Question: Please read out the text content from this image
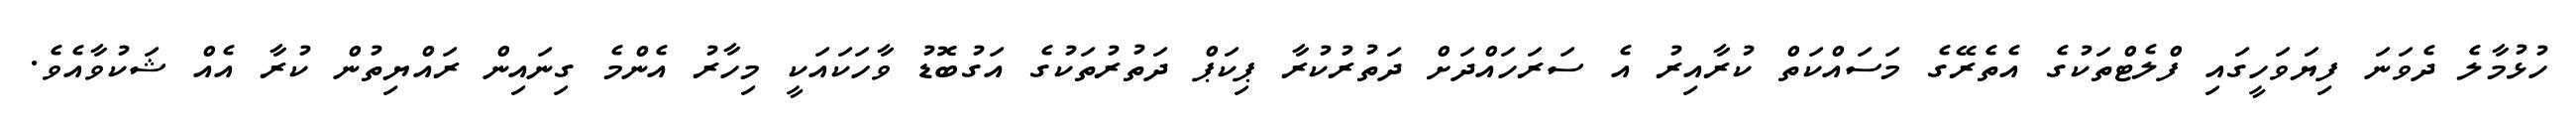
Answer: ހުޅުމާލެ ދެވަނަ ފިޔަވަހީގައި ފްލެޓްތަކުގެ އެތެރޭގެ މަސައްކަތް ކުރާއިރު އެ ސަރަހައްދަށް ދަތުރުކުރާ ޕިކަޕް ދަތުރުތަކުގެ އަގުބޮޑު ވާހަކައަކީ މިހާރު އެންމެ ގިނައިން ރައްޔިތުން ކުރާ އެއް ޝަކުވާއެވެ.